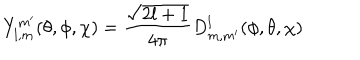
Y _ { l , m } ^ { m ^ { \prime } } ( \theta , \phi , \chi ) = \frac { \sqrt { 2 l + 1 } } { 4 \pi } D _ { m , m ^ { \prime } } ^ { l } ( \phi , \theta , \chi )